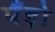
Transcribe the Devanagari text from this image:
पॅंड़ो